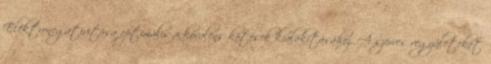
Elektronegativitása optimális a kovalens kötések kialakításához. A szerves vegyületeket